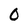
Character: 0